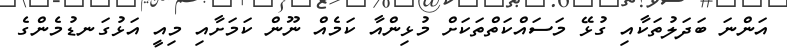
އަންނަ ބަދަލުތަކާއި ގުޅޭ މަސައްކަތްތަކަށް މުޅިންއާ ކަމެއް ނޫން ކަމަށާއި މިއީ އަޅުގަނޑުމެންގެ